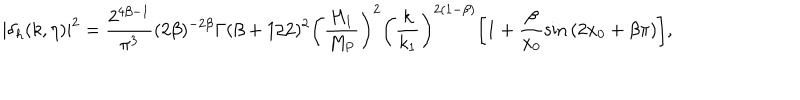
LaTeX: | \delta _ { h } ( k , \eta ) | ^ { 2 } = \frac { 2 ^ { 4 \beta - 1 } } { \pi ^ { 3 } } ( 2 \beta ) ^ { - 2 \beta } \Gamma ( \beta + 1 / 2 ) ^ { 2 } \biggl ( \frac { H _ { 1 } } { M _ { \mathrm { P } } } \biggr ) ^ { 2 } \biggl ( \frac { k } { k _ { 1 } } \biggr ) ^ { 2 ( 1 - \beta ) } \biggl [ 1 + \frac { \beta } { x _ { 0 } } \sin { ( 2 x _ { 0 } + \beta \pi ) } \biggr ] ,